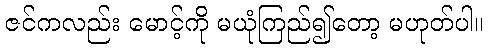
ဇင်ကလည်း မောင့်ကို မယုံကြည်၍တော့ မဟုတ်ပါ။